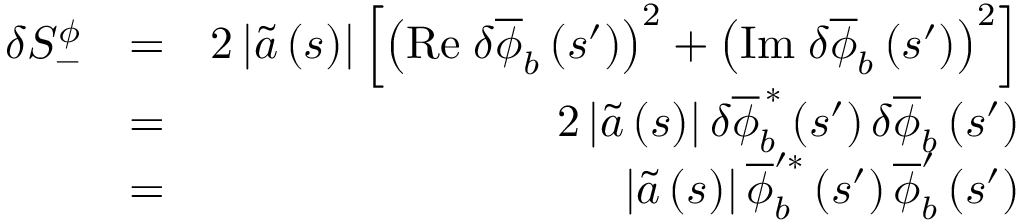
\begin{array} { r l r } { \delta S _ { - } ^ { \phi } } & { = } & { 2 \left\vert \widetilde { a } \left( s \right) \right\vert \left[ \left( \mathrm { R e } \; \delta \overline { { \phi } } _ { b } \left( s ^ { \prime } \right) \right) ^ { 2 } + \left( \mathrm { I m } \; \delta \overline { { \phi } } _ { b } \left( s ^ { \prime } \right) \right) ^ { 2 } \right] } \\ & { = } & { 2 \left\vert \widetilde { a } \left( s \right) \right\vert \delta \overline { { \phi } } _ { b } ^ { \, \ast } \left( s ^ { \prime } \right) \delta \overline { { \phi } } _ { b } \left( s ^ { \prime } \right) } \\ & { = } & { \left\vert \widetilde { a } \left( s \right) \right\vert \overline { { \phi } } _ { b } ^ { \prime \ast } \left( s ^ { \prime } \right) \overline { { \phi } } _ { b } ^ { \prime } \left( s ^ { \prime } \right) } \end{array}